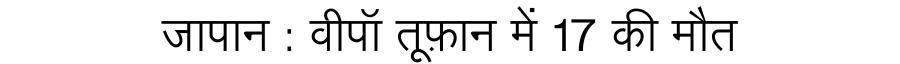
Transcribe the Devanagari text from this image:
जापान : वीपॉ तूफ़ान में 17 की मौत